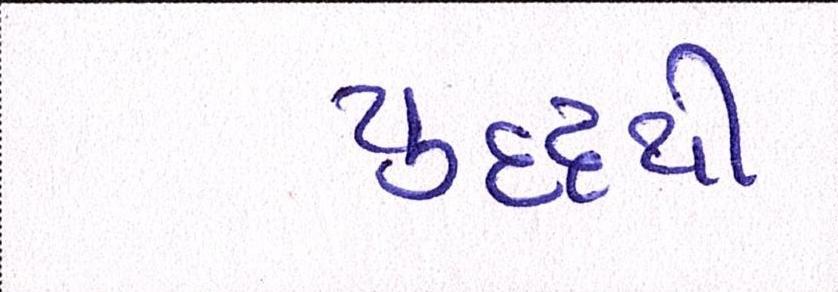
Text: યુદ્ધથી